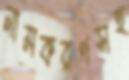
নামকরণসহ